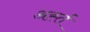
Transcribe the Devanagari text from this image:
अर्ह्त